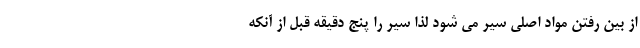
از بین رفتن مواد اصلی سیر می شود لذا سیر را پنج دقیقه قبل از آنکه